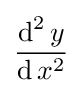
{\frac {\operatorname {d} ^{2}y}{\operatorname {d} x^{2}}}